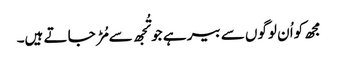
مجھ کواُ ن لوگوں سے بیر ہے جو تُجھ سے مُڑ جا تے ہیں۔